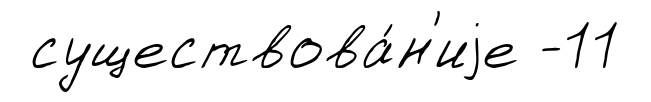
существова́н'иjе -11